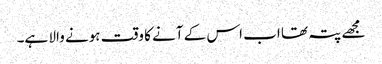
مجھے پتہ تھا اب اس کے آنے کا وقت ہونے والا ہے۔